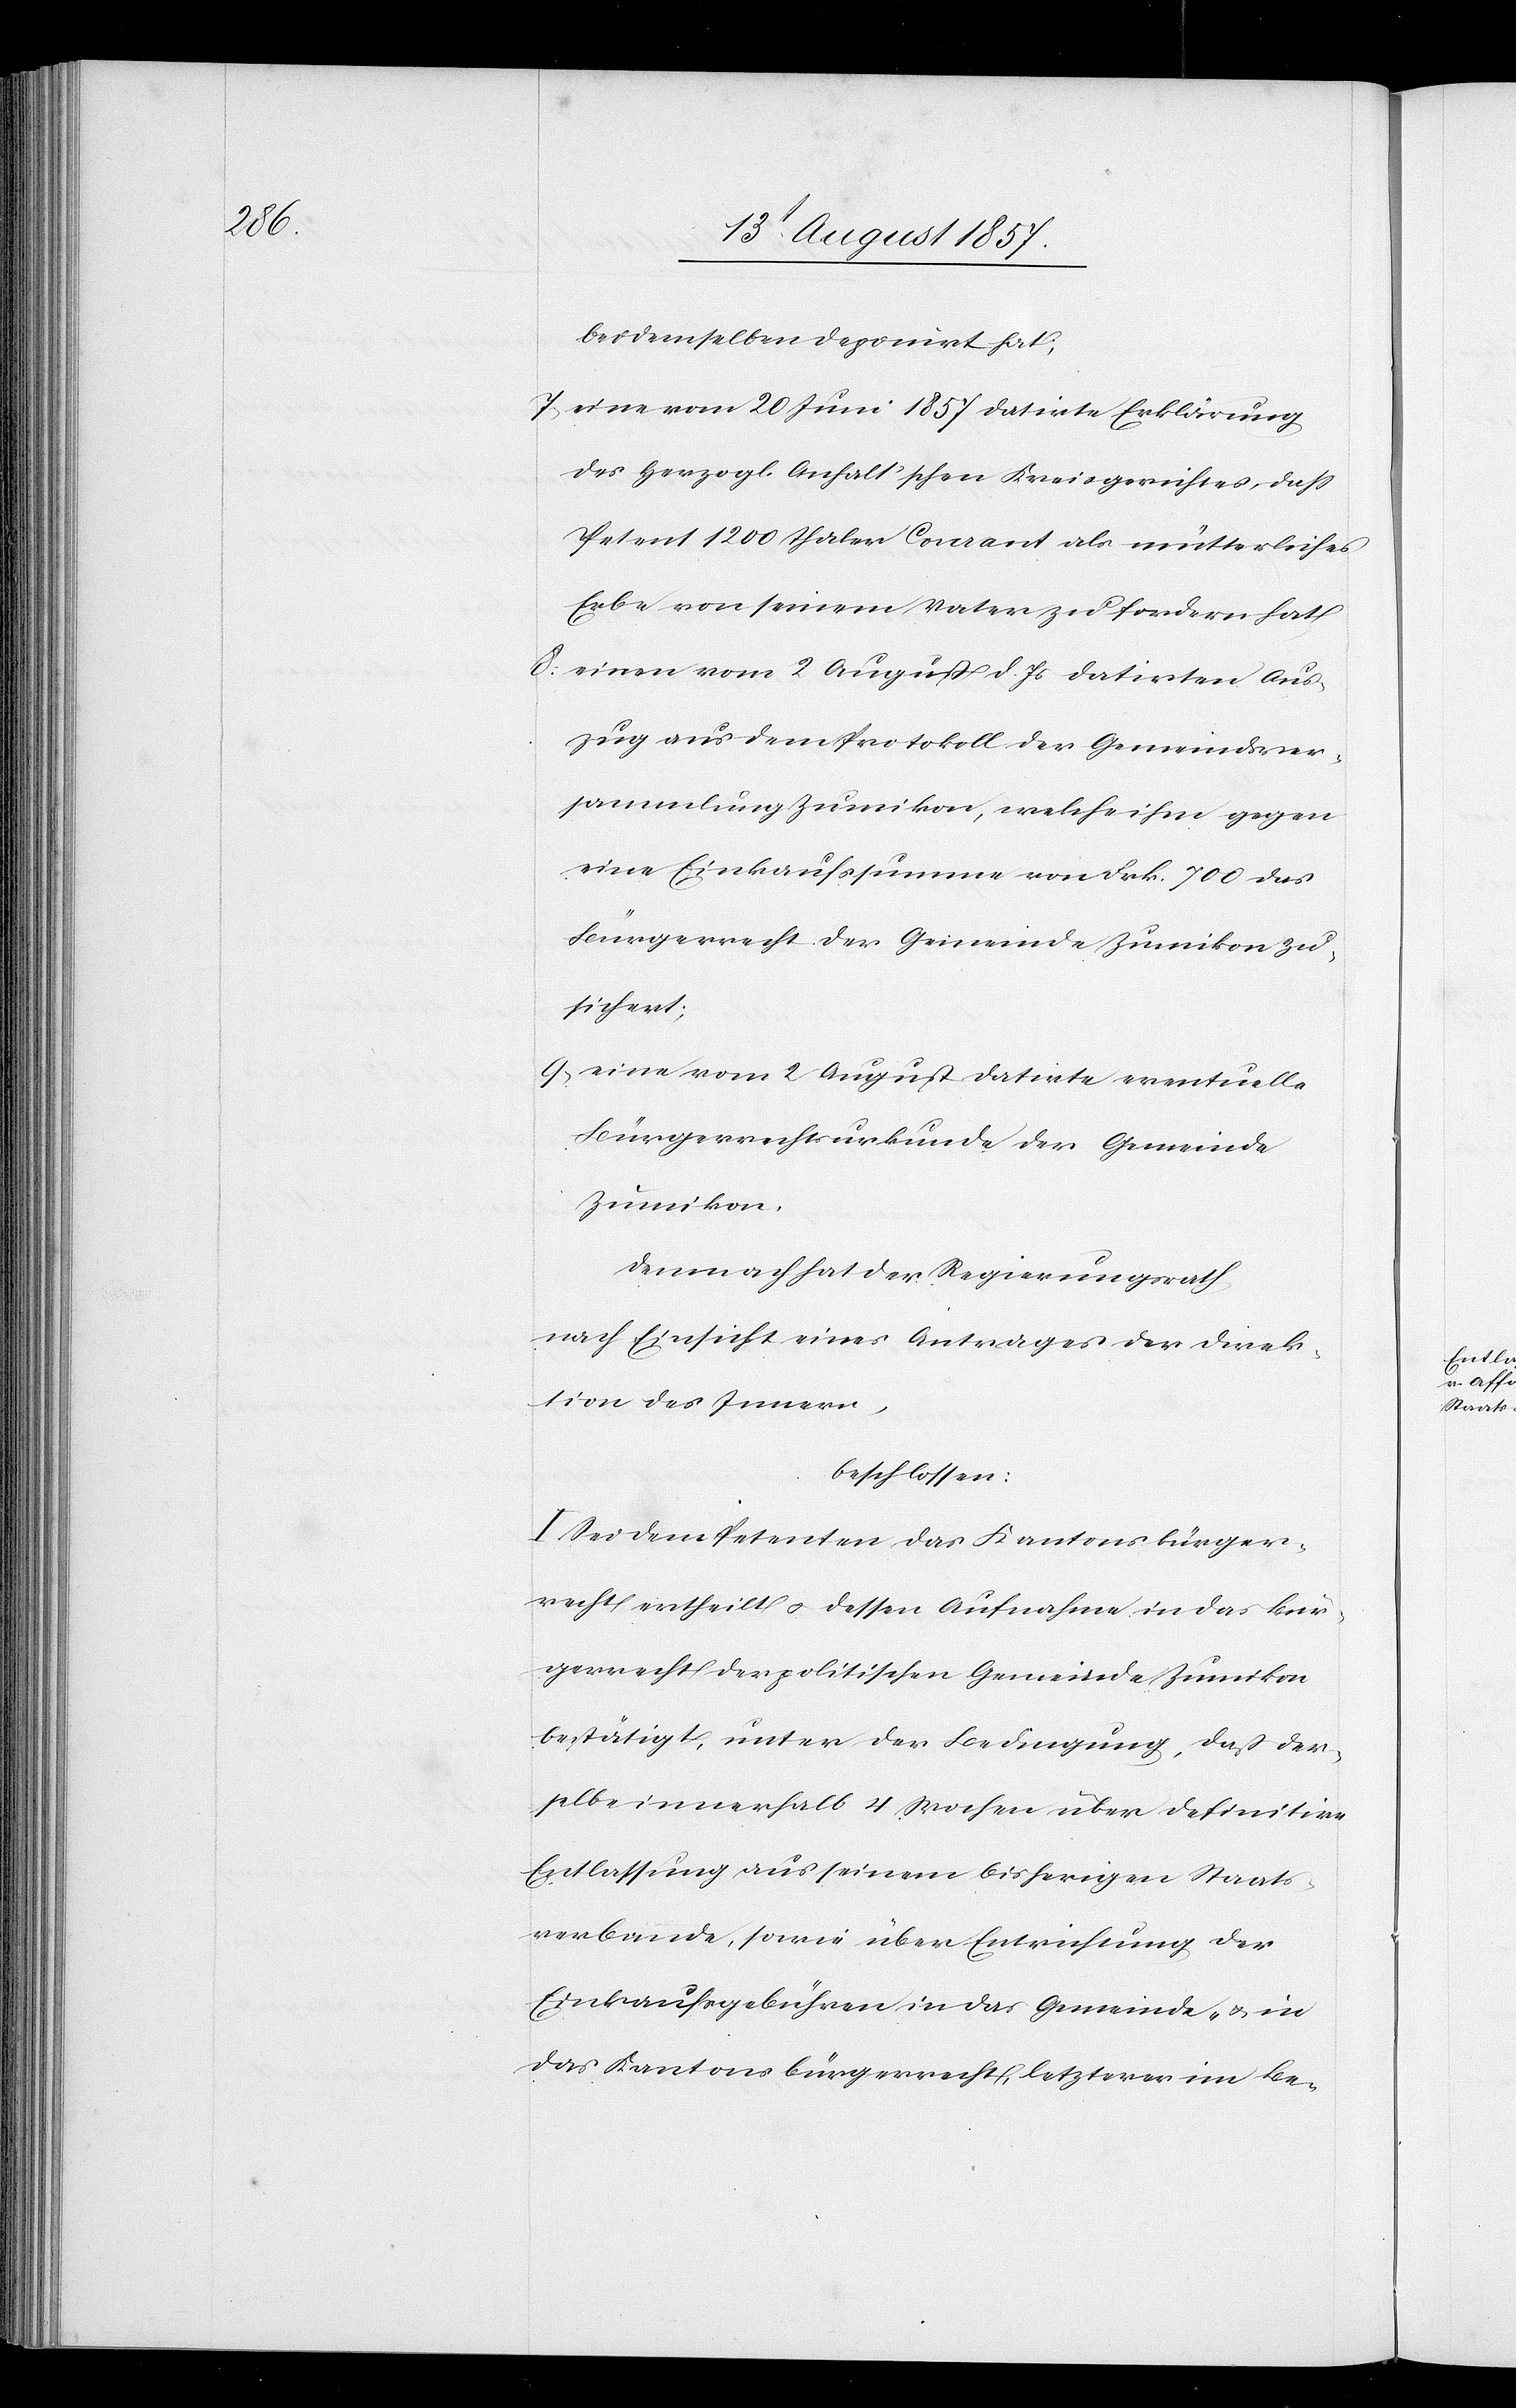
bei demselben deponirt hat;
7) eine vom 20 Juni 1857 datirte Erklärung
des Herzogl. Anhalt’schen Kreisgerichtes, daß
Petent 1200 Thaler Courant als mütterliches
Erbe von seinem Vater zu fordern hat
8) einen vom 2 August d. Js datirten Aus¬
zug aus dem Protokoll der Gemeindsver¬
sammlung Zumikon, welche ihm gegen
eine Einkaufssumme von Frk. 700 das
Bürgerrecht der Gemeinde Zumikon zu¬
sichert;
9) eine vom 2 August datirte eventuelle
Bürgerrechtsurkunde der Gemeinde
Zumikon.
Demnach hat der Regierungsrath,
nach Einsicht eines Antrages der Direk¬
tion des Innern,
beschlossen:
I. Sei dem Petenten das Kantonsbürger¬
recht ertheilt & dessen Aufnahme in das Bür¬
gerrecht der politischen Gemeinde Zumikon
bestätigt, unter der Bedingung, daß der¬
selbe innerhalb 4 Wochen über definitive
Entlassung aus seinem bisherigen Staats¬
verbande, sowie über Entrichtung der
Einkaufsgebühren in das Gemeinde- & in
das Kantonsbürgerrecht, letzterer im Be-